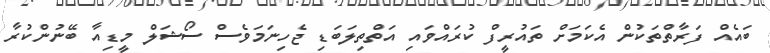
ބައެއް ފަރާތްތަކުން އެކަމަށް ތައުރީފް ކުރައްވައި އަތްތިލަބަޑި ޖެހިނަމަވެސް ސޯޝަލް މީޑިއާ ބޭނުންކުރާ